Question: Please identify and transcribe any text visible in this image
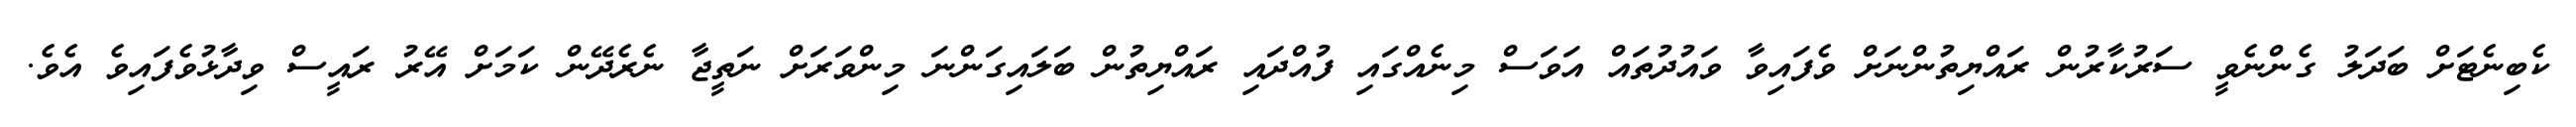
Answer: ކެބިނެޓަށް ބަދަލު ގެންނެވީ ސަރުކާރުން ރައްޔިތުންނަށް ވެފައިވާ ވައުދުތައް އަވަސް މިނެއްގައި ފުއްދައި ރައްޔިތުން ބަލައިގަންނަ މިންވަރަށް ނަތީޖާ ނެރެދޭން ކަމަށް އޭރު ރައީސް ވިދާޅުވެފައިވެ އެވެ.